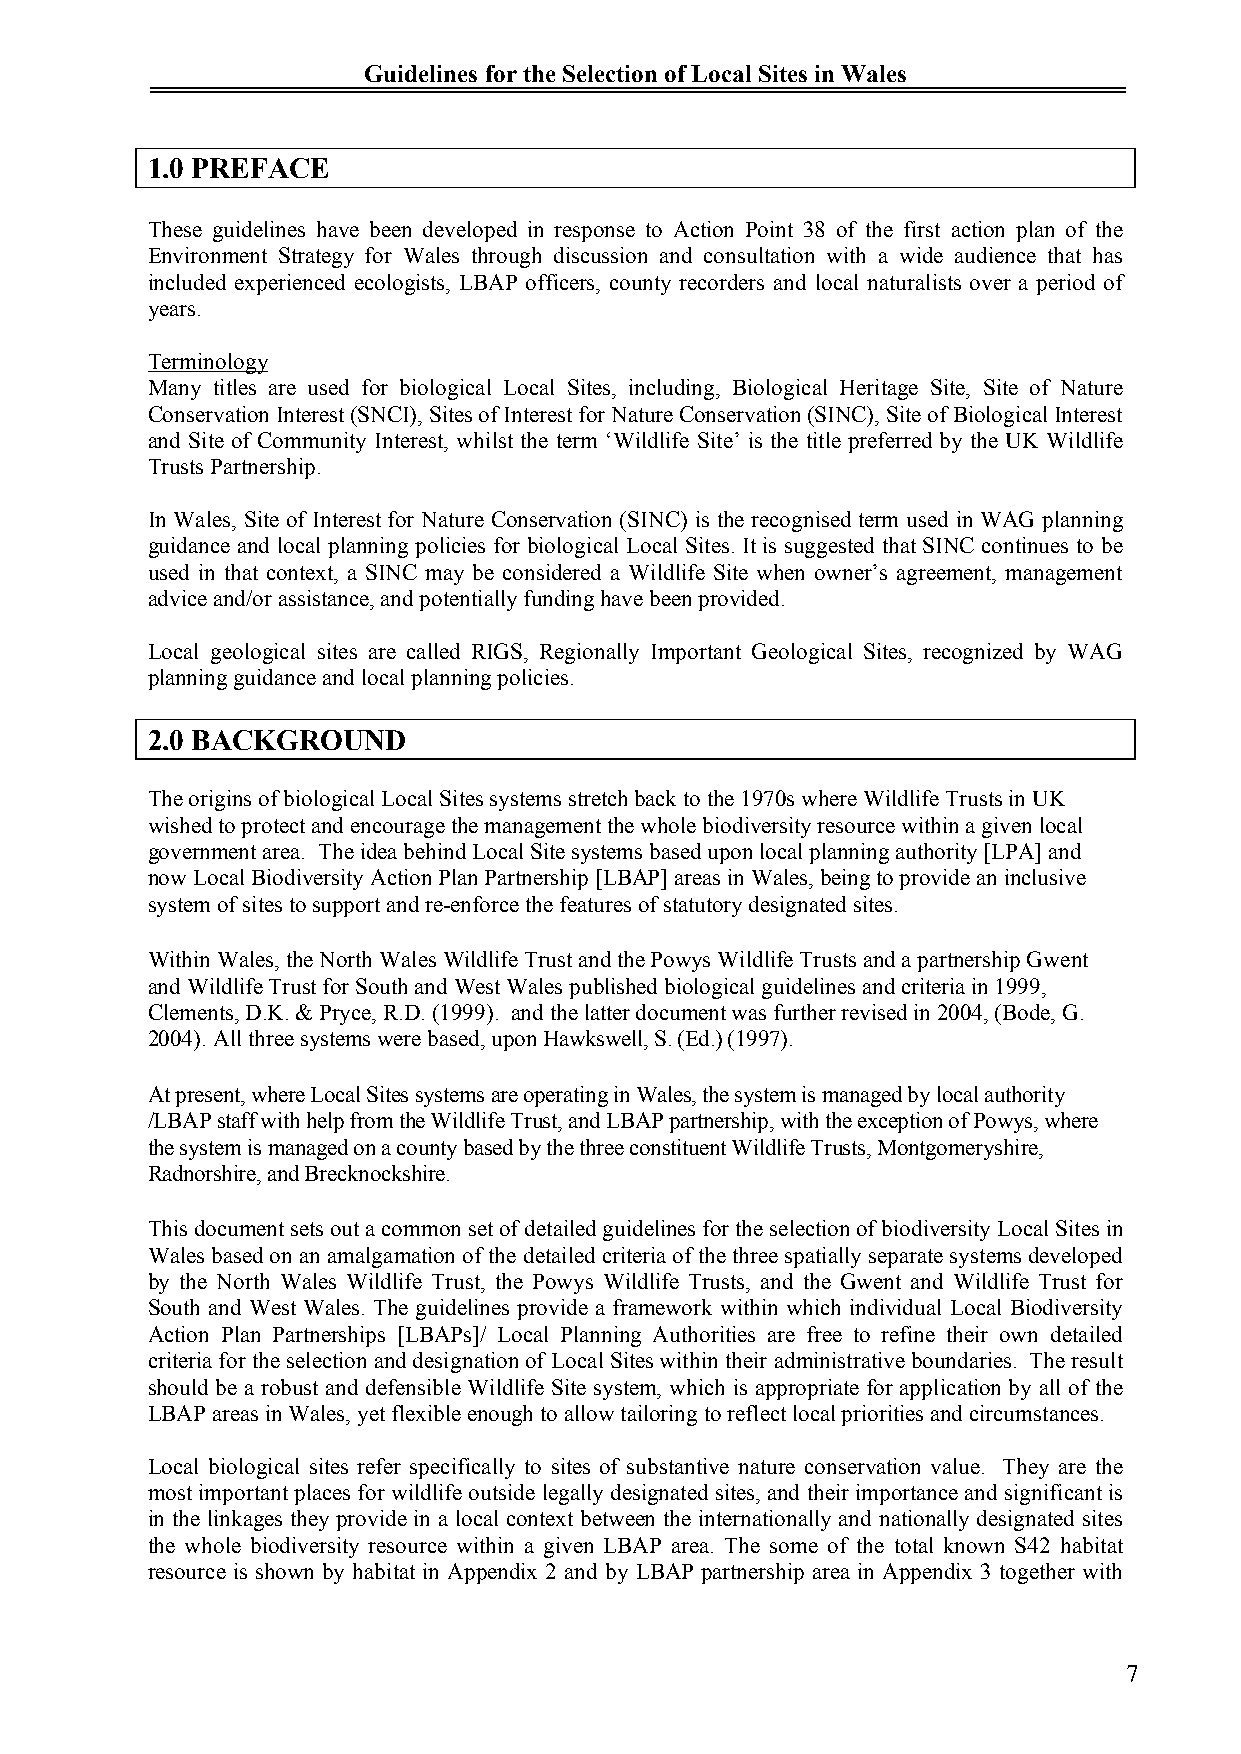
Guidelines for the Selection of Local Sites in Wales
 1.0 PREFACE
 These guidelines have been developed in response to Action Point 38 of the first action plan of the
 Environment Strategy for Wales through discussion and consultation with a wide audience that has
 included experienced ecologists, LBAP officers, county recorders and local naturalists over a period of
 years.
 Terminology
 Many titles are used for biological Local Sites, including, Biological Heritage Site, Site of Nature
 Conservation Interest (SNCI), Sites of Interest for Nature Conservation (SINC), Site of Biological Interest
 and Site of Community Interest, whilst the term ‘Wildlife Site’ is the title preferred by the UK Wildlife
 Trusts Partnership.
 In Wales, Site of Interest for Nature Conservation (SINC) is the recognised term used in WAG planning
 guidance and local planning policies for biological Local Sites. It is suggested that SINC continues to be
 used in that context, a SINC may be considered a Wildlife Site when owner’s agreement, management
 advice and/or assistance, and potentially funding have been provided.
 Local geological sites are called RIGS, Regionally Important Geological Sites, recognized by WAG
 planning guidance and local planning policies.
 2.0 BACKGROUND
 The origins of biological Local Sites systems stretch back to the 1970s where Wildlife Trusts in UK
 wished to protect and encourage the management the whole biodiversity resource within a given local
 government area. The idea behind Local Site systems based upon local planning authority[LPA] and
 now Local Biodiversity Action Plan Partnership [LBAP] areas in Wales, being to provide an inclusive
 system of sites to support and re-enforce the features of statutory designated sites.
 Within Wales, the North Wales Wildlife Trust and the Powys Wildlife Trusts and apartnership Gwent
 and Wildlife Trust for South and West Wales published biological guidelines and criteria in 1999,
 Clements, D.K. & Pryce, R.D. (1999). and the latter document was further revised in 2004, (Bode, G.
 2004).All three systems were based, upon Hawkswell,S. (Ed.) (1997).
 At present, where Local Sites systems are operating in Wales, the system is managed by local authority
 /LBAP staff with help from the Wildlife Trust, and LBAP partnership, with the exception of Powys, where
 the system is managed on a county based by the three constituent Wildlife Trusts, Montgomeryshire,
 Radnorshire, and Brecknockshire.
 This document sets out a common set of detailed guidelines for the selection of biodiversity Local Sites in
 Wales based on an amalgamation of the detailed criteria of the three spatially separate systems developed
 by the North Wales Wildlife Trust, the Powys Wildlife Trusts, and the Gwent and Wildlife Trust for
 South and West Wales. The guidelines provide a framework within which individual Local Biodiversity
 Action Plan Partnerships [LBAPs]/ Local Planning Authorities are free to refine their own detailed
 criteria for the selection and designation of Local Sites within their administrative boundaries. The result
 should be a robust and defensible Wildlife Site system, which is appropriate for application by all of the
 LBAP areas in Wales, yet flexible enough to allow tailoring to reflect local priorities and circumstances.
 Local biological sites refer specifically to sites of substantive nature conservation value. They are the
 most important places for wildlife outside legally designated sites, and their importance and significant is
 in the linkages they provide in a local context between the internationally and nationally designated sites
 the whole biodiversity resource within a given LBAP area. The some of the total known S42 habitat
 resource is shown by habitat in Appendix 2 and by LBAP partnership area in Appendix 3 together with
 7